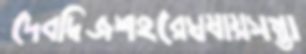
দেবদ্বিজশহরেঘষায়সম্ভা